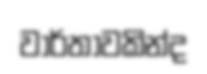
වාර්තාවකින්ද